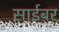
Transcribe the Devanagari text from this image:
साईबर